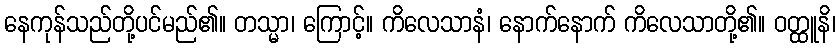
နေကုန်သည်တို့ပင်မည်၏။ တသ္မာ၊ ကြောင့်။ ကိလေသာနံ၊ နောက်နောက် ကိလေသာတို့၏။ ဝတ္ထူနိ၊